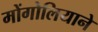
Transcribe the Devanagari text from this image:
मोंगोलियाने